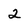
Character: 2